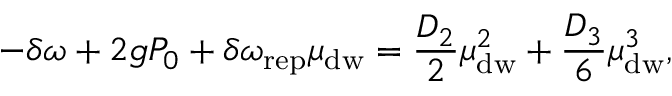
- \delta \omega + 2 g P _ { 0 } + \delta \omega _ { \mathrm { r e p } } \mu _ { \mathrm { d w } } = \frac { D _ { 2 } } { 2 } \mu _ { \mathrm { d w } } ^ { 2 } + \frac { D _ { 3 } } { 6 } \mu _ { \mathrm { d w } } ^ { 3 } ,